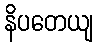
နိပတေယျ